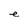
Character: e